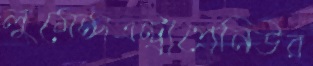
লুমেন্সএন্ট্রাপ্রেনিউর